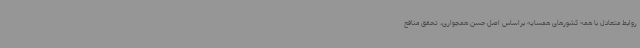
روابط متعادل با همه کشورهای همسایه براساس اصل حسن همجواری، تحقق منافع